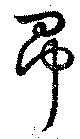
昂